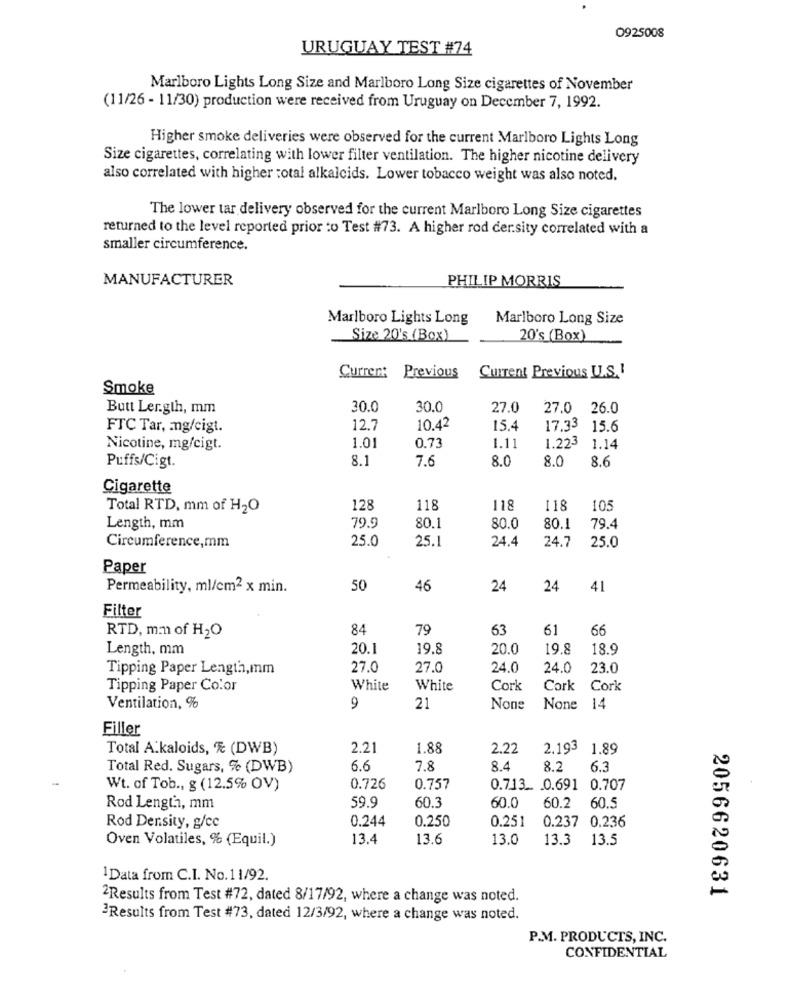
0925008
URUGUAY TEST #74
Marlboro Lights Long Size and Marlboro Long Size cigarettes of November
(11/26 - 11/30) production were received from Uruguay on December 7, 1992.
Higher smoke deliveries were observed for the current Marlboro Lights Long
Size cigarettes, correlating with lower filter ventilation. The higher nicotine delivery
also correlated with higher total alkalcids. Lower tobacco weight was also noted.
The lower tar delivery observed for the current Marlboro Long Size cigarettes
returned to the level reported prior to Test #73. A higher rod der.sity correlated with a
smaller circumference.
MANUFACTURER
PHILIP MORRIS
Marlboro Lights Long
Marlboro Long Size
Size 20's (Box)
20's (Box)
Current
Previous
Current Previous U.S.I
Smoke
Butt Ler.gth, mm
30.0
30.0
27.0
27.0 26.0
FTC Tar, mg/cigt.
12.7
10.42
15.4
17.33
15.6
Nicotine, mg/cigt.
1.01
0.73
1.11
1.223
1.14
8.1
7.6
8.0
8.0
8.6
Puffs/Cigt.
Cigarette
Total RTD, mm of H2O
128
118
118
118
105
Length, mm
79.9
80.1
80.0
80.1
79.4
25.0
25.1
24.4
24.7
25.0
Circumference,mm
Paper
Permeability, ml/cm2 x min.
50
46
24
24
41
Filter
RTD, mm of H2O
84
79
63
61
66
Length, mm
20.1
19.8
20.0
19.8
18.9
Tipping Paper Length,mm
27.0
27.0
24.0
24.0
23.0
Tipping Paper Color
White
White
Cork
Cork Cork
Ventilation, %
9
21
None 14
Filler
Total Alkaloids, % (DWB)
2.21
1.88
2.22
2,193
1.89
Total Red. Sugars, % (DWB)
6.6
7.8
8.4
8.2
6.3
Wt. of Tob ., g (12.5% OV)
0.726
0.757
0.713 .. . 0.691 0.707
59.9
60.2
60.5
Rod Length, mm
60.3
60.0
0.244
0.250
0.251
0.237 0.236
Rod Density, g/cc
13.4
13.6
13.0
13.3
13.5
Oven Volatiles, % (Equil.)
1 Data from C.I. No.11/92.
2056620631
2Results from Test #72, dated 8/17/92, where a change was noted.
Results from Test #73, dated 12/3/92, where a change was noted.
P.M. PRODUCTS, INC.
CONFIDENTIAL